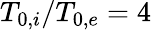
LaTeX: {T_{0,i}/T_{0,e}=4}